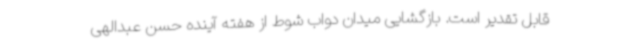
قابل تقدیر است. بازگشایی میدان دواب شوط از هفته آینده حسن عبدالهی